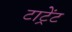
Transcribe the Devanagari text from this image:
टाट्रेंट